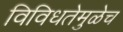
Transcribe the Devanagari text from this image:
विविधतेमुळेच